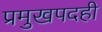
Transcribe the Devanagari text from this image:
प्रमुखपदही